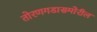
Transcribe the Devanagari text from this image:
तोरणगडासमोरील